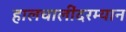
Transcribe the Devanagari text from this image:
हालचालींदरम्यान